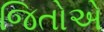
જિતોએ